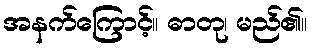
အနက်ကြောင့်။ ဓာတု၊ မည်၏။